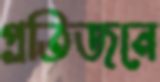
প্রতিজনে